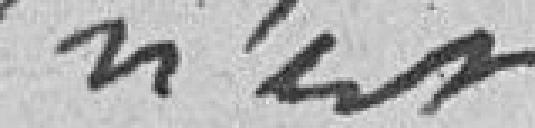
n'est